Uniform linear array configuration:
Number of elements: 12
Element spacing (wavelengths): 0.5
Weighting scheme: uniform
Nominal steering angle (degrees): -30
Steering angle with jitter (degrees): -31.037
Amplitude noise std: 0.05
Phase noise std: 0.05

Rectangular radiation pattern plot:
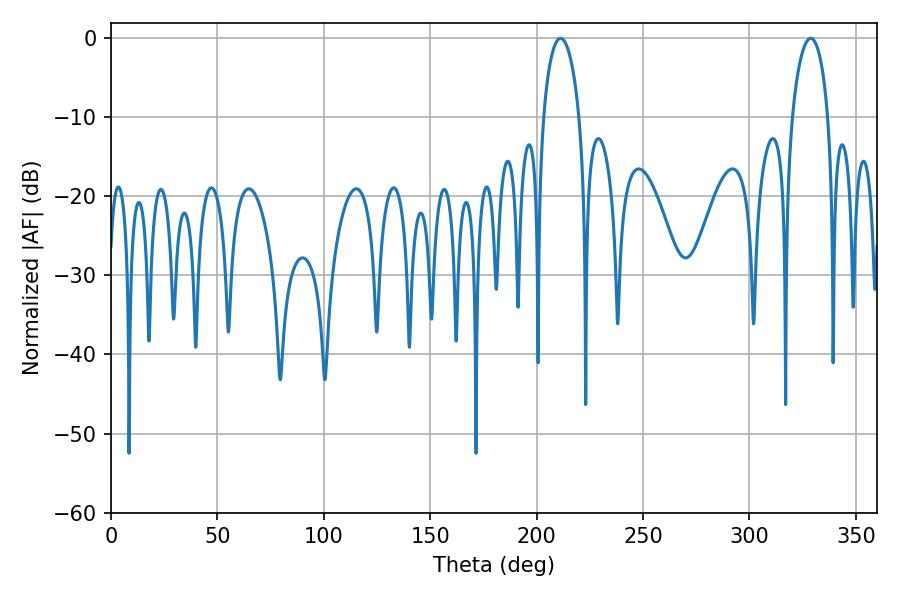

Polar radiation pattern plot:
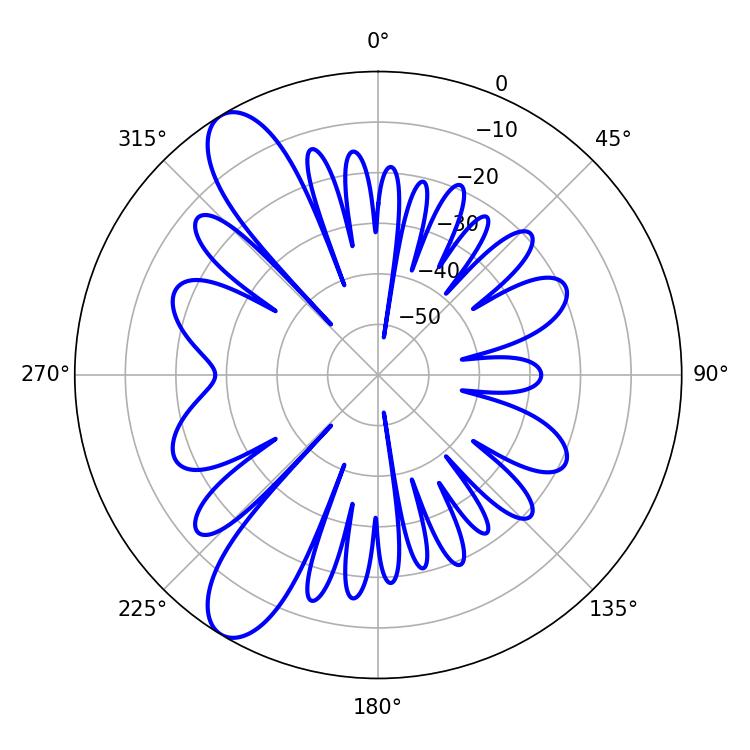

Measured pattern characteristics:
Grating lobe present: FALSE
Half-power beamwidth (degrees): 9.72
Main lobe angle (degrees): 211.14